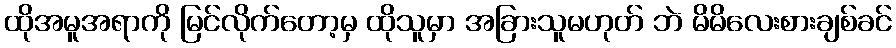
ထိုအမူအရာကို မြင်လိုက်တော့မှ ထိုသူမှာ အခြားသူမဟုတ် ဘဲ မိမိလေးစားချစ်ခင်